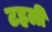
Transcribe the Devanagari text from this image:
टहली